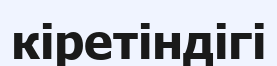
кіретіндігі